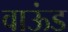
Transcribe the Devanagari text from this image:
वाऊंड